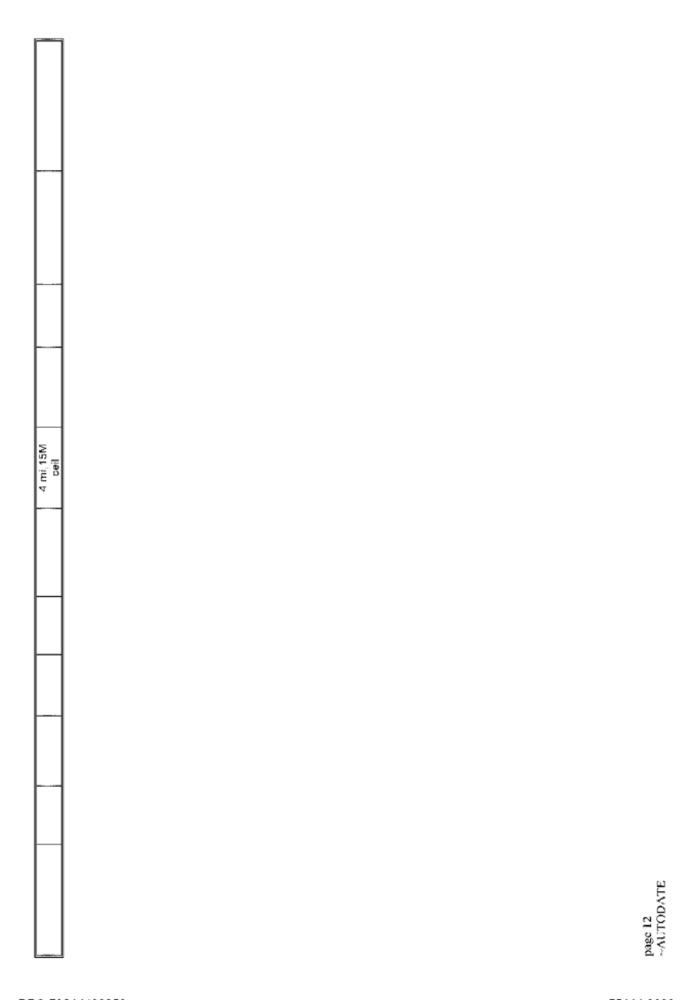
4 mi, 15M
ceil
~AUTODATE
page 12